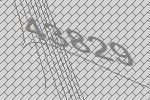
43829